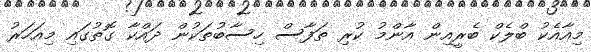
މިއާއެކު ބްލެކް ބެރީއިން އާންމު ކުރި ތަފާސް ހިސާބުތަކުން ދައްކާ ގޮތުގައި މިއަހަރު